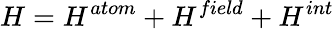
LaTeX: H=H^{atom}+H^{field}+H^{int}